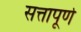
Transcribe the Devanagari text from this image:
सत्तापूर्ण